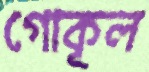
গোকূল